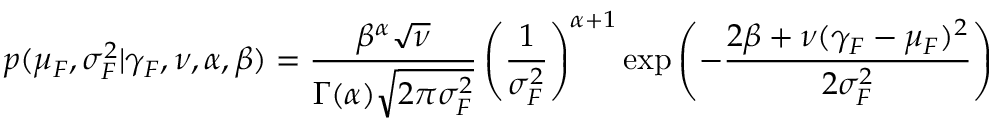
p ( \mu _ { F } , \sigma _ { F } ^ { 2 } | \gamma _ { F } , \nu , \alpha , \beta ) = \frac { \beta ^ { \alpha } \sqrt { \nu } } { \Gamma ( \alpha ) \sqrt { 2 \pi \sigma _ { F } ^ { 2 } } } \left( \frac { 1 } { \sigma _ { F } ^ { 2 } } \right) ^ { \alpha + 1 } \exp \left( - \frac { 2 \beta + \nu ( \gamma _ { F } - \mu _ { F } ) ^ { 2 } } { 2 \sigma _ { F } ^ { 2 } } \right)